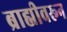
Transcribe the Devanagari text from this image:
ब्राह्मीवरून